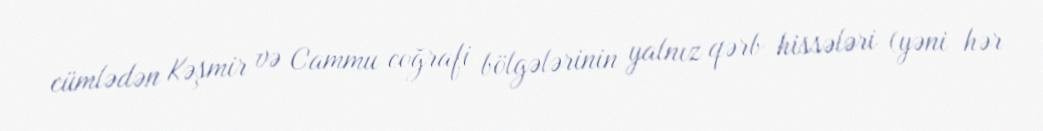
cümlədən Kəşmir və Cammu coğrafi bölgələrinin yalnız qərb hissələri (yəni hər